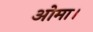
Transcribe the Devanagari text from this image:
ओमा।